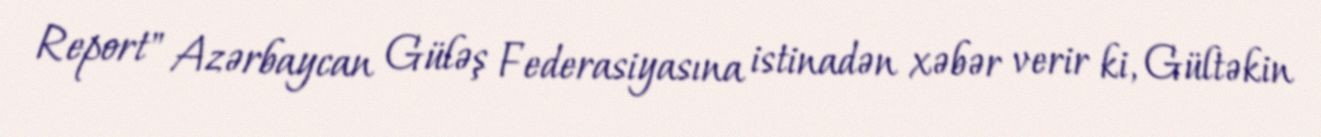
Report" Azərbaycan Güləş Federasiyasına istinadən xəbər verir ki, Gültəkin